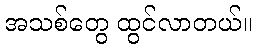
အသစ်တွေ ထွင်လာတယ်။